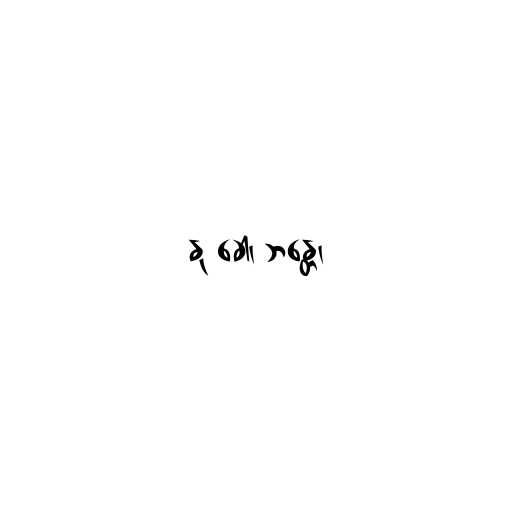
နု ခေါ၊ ဘန္တေ၊